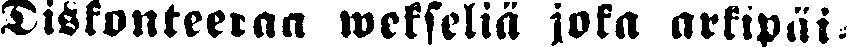
Diskonteeraa wekseliä joka arkipäi-